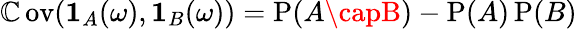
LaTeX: \operatorname{\mathbb{C}ov}(\mathbf{{1}}_{A}(\omega),\mathbf{{1}}_{B}(\omega))=\operatorname{P}(A\capB)-\operatorname{P}(A)\operatorname{P}(B)